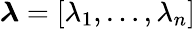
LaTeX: \boldsymbol\lambda=[\lambda_{1},\dots,\lambda_{n}]